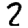
Digit: 2